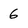
Character: 6